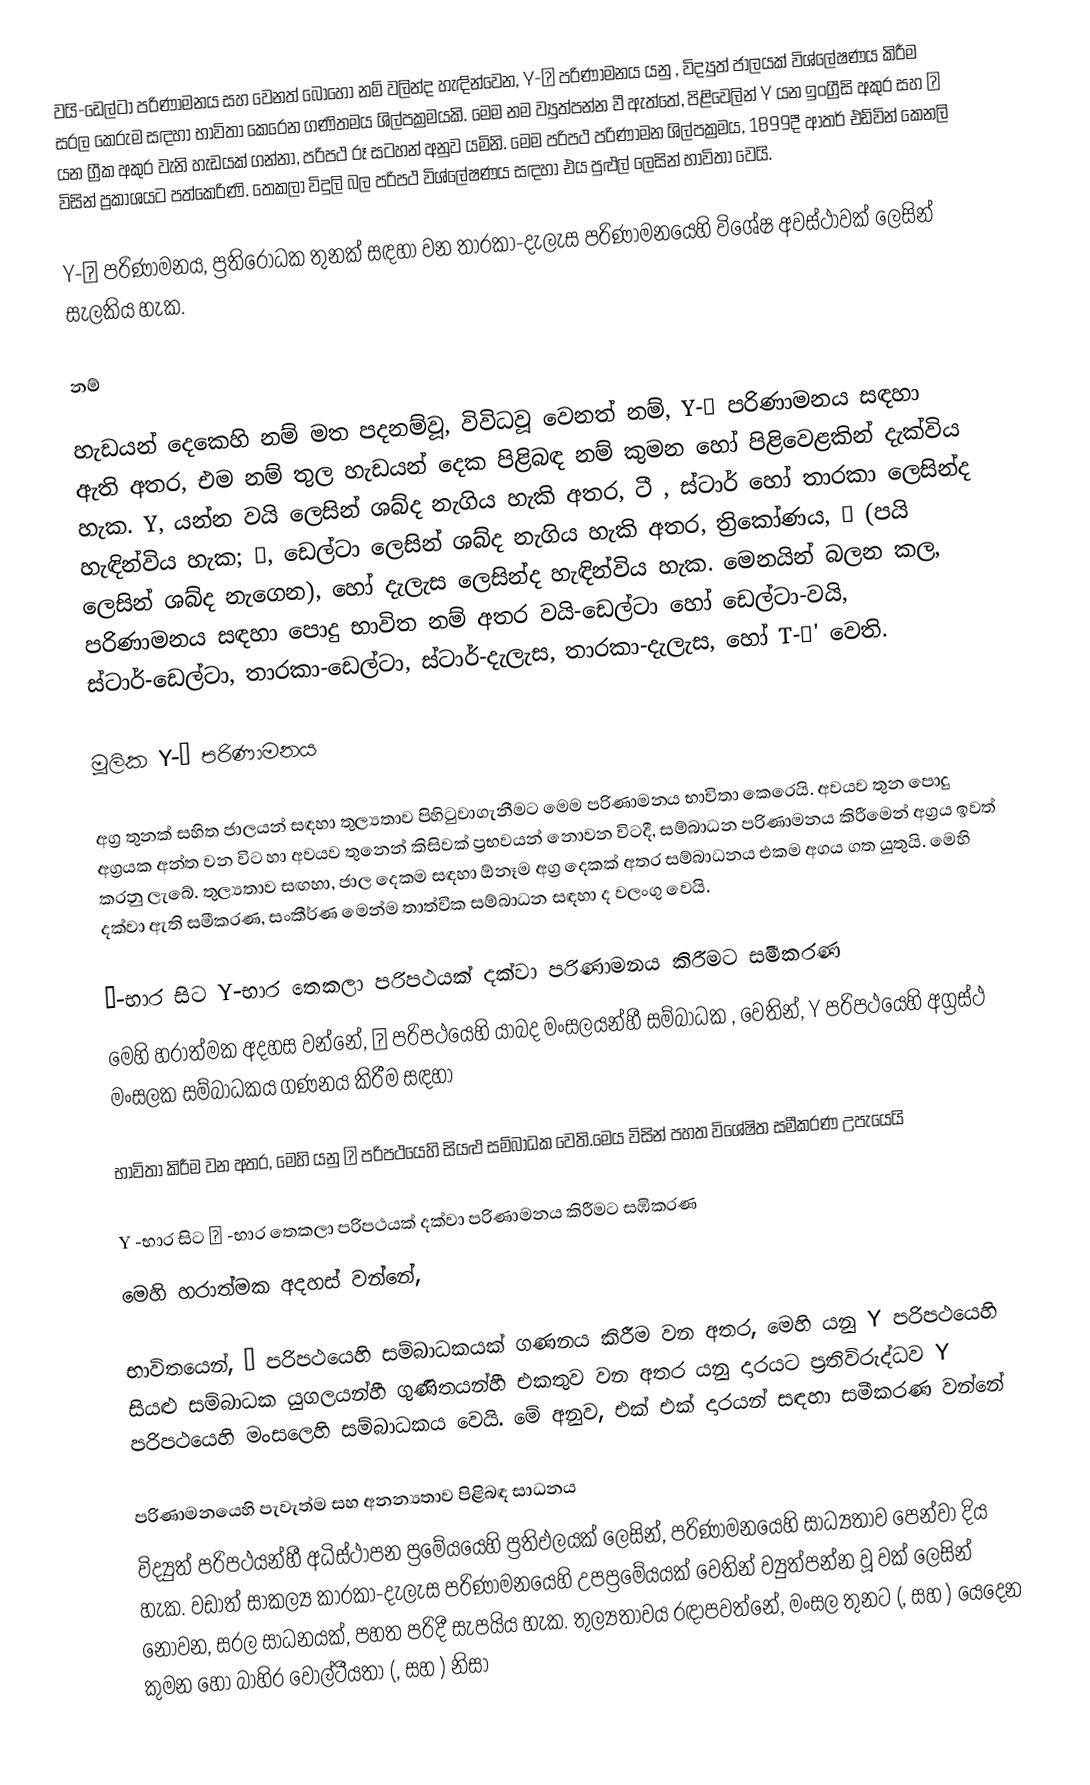
වයි-ඩෙල්ටා පරිණාමනය සහ වෙනත් බොහෝ නම් වලින්ද හැඳින්වෙන, Y-Δ පරිණාමනය යනු , විද්‍යුත් ජාලයක් විශ්ලේෂණය කිරීම සරල කෙරුම සඳහා භාවිතා කෙරෙන ගණිතමය ශිල්පක්‍රමයකි. මෙම නම ව්‍යුත්පන්න වී ඇත්තේ,  පිළිවෙලින් Y යන ඉංග්‍රීසි අකුර  සහ Δ යන ග්‍රීක අකුර වැනි හැඩයක් ගන්නා, පරිපථ  රූ සටහන් අනුව යමිනි. මෙම පරිපථ පරිණාමන ශිල්පක්‍රමය,  1899දී ආතර් එඩ්වින් කෙනලි විසින් ප්‍රකාශයට පත්කෙරිණි.     තෙකලා විදුලි බල පරිපථ විශ්ලේෂණය සඳහා එය පුළුල් ලෙසින් භාවිතා වෙයි.

Y-Δ පරිණාමනය,  ප්‍රතිරෝධක තුනක් සඳහා වන තාරකා-දැලැස පරිණාමනයෙහි විශේෂ අවස්ථාවක් ලෙසින් සැලකිය හැක.

නම්

හැඩයන් දෙකෙහි නම් මත පදනම්වූ, විවිධවූ  වෙනත් නම්,  Y-Δ පරිණාමනය සඳහා ඇති අතර, එම නම් තුල හැඩයන් දෙක පිළිබඳ නම් කුමන හෝ පිළිවෙළකින් දැක්විය හැක. Y, යන්න වයි ලෙසින් ශබ්ද නැගිය හැකි අතර, ටී , ස්ටාර් හෝ තාරකා ලෙසින්ද හැඳින්විය හැක; Δ, ඩෙල්ටා ලෙසින් ශබ්ද නැගිය හැකි අතර, ත්‍රිකෝණය, Π (පයි  ලෙසින් ශබ්ද නැගෙන), හෝ දැලැස ලෙසින්ද හැඳින්විය හැක. මෙනයින් බලන කල, පරිණාමනය සඳහා පොදු භාවිත නම් අතර වයි-ඩෙල්ටා හෝ  ඩෙල්ටා-වයි, ස්ටාර්-ඩෙල්ටා, තාරකා-ඩෙල්ටා, ස්ටාර්-දැලැස, තාරකා-දැලැස, හෝ T-Π' වෙති.

මූලික  Y-Δ පරිණාමනය

අග්‍ර තුනක් සහිත ජාලයන් සඳහා තුල්‍යතාව පිහිටුවාගැනීමට මෙම පරිණාමනය භාවිතා කෙරෙයි. අවයව තුන පොදු  අග්‍රයක අන්ත වන විට හා අවයව තුනෙන් කිසිවක් ප්‍රභවයන් නොවන විටදී, සම්බාධන පරිණාමනය කිරීමෙන් අග්‍රය ඉවත් කරනු ලැබේ. තුල්‍යතාව සඟහා, ජාල දෙකම සඳහා ඕනෑම අග්‍ර දෙකක් අතර සම්බාධනය එකම අගය ගත යුතුයි. මෙහි දක්වා ඇති සමීකරණ, සංකීර්ණ මෙන්ම තාත්වික සම්බාධන සඳහා ද වලංගු වෙයි.

Δ-භාර සිට Y-භාර තෙකලා පරිපථයක් දක්වා පරිණාමනය කිරීමට සමීකරණ
මෙහි හරාත්මක අදහස වන්නේ,    Δ පරිපථයෙහි යාබද  මංසලයන්හී සම්බාධක ,  වෙතින්,   Y පරිපථයෙහි අග්‍රස්ථ මංසලක   සම්බාධකය ගණනය කිරීම සඳහා

භාවිතා කිරීම වන අතර, මෙහි  යනු  Δ පරිපථයෙහි සියළු සම්බාධක වෙති.මෙය විසින් පහත විශේෂිත සමීකරණ උපැයෙයි

Y -භාර සිට Δ -භාර තෙකලා පරිපථයක් දක්වා පරිණාමනය කිරීමට සඹිකරණ
මෙහි හරාත්මක අදහස් වන්නේ,

භාවිතයෙන්,  Δ පරිපථයෙහි    සම්බාධකයක් ගණනය කිරීම වන අතර, මෙහි  යනු  Y පරිපථයෙහි සියළු සම්බාධක යුගලයන්හී ගුණිතයන්හී එකතුව වන අතර   යනු   දාරයට ප්‍රතිවිරුද්ධව Y පරිපථයෙහි මංසලෙහි සම්බාධකය වෙයි. මේ අනුව, එක් එක් දාරයන් සඳහා සමීකරණ වන්නේ

පරිණාමනයෙහි පැවැත්ම සහ අනන්‍යතාව පිළිබඳ සාධනය
විද්‍යුත් පරිපථයන්හී   අධිස්ථාපන ප්‍රමේයයෙහි ප්‍රතිඵලයක් ලෙසින්, පරිණාමනයෙහි සාධ්‍යතාව පෙන්වා දිය හැක. වඩාත් සාකල්‍ය  කාරකා-දැලැස පරිණාමනයෙහි උපප්‍රමේයයක් වෙතින් ව්‍යුත්පන්න වූ වක් ලෙසින් නොවන, සරල සාධනයක්, පහත පරිදී සැපයිය හැක. තුල්‍යතාවය රඳාපවත්නේ, මංසල තුනට (,  සහ ) යෙදෙන කුමන හෝ බාහිර වෝල්ටීයතා (,  සහ  ) නිසා